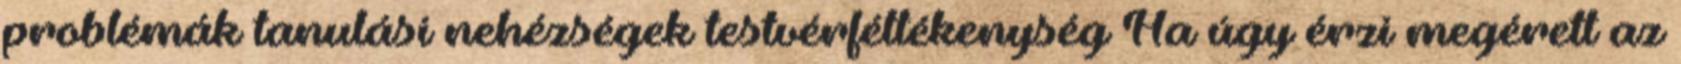
problémák tanulási nehézségek testvérféltékenység Ha úgy érzi megérett az